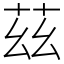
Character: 茲